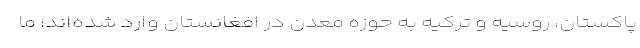
پاکستان، روسیه و ترکیه به حوزه معدن در افغانستان وارد شده‌اند؛ ما